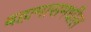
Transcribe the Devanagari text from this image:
बहामासमधील